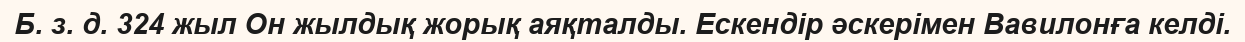
Б. з. д. 324 жыл Он жылдық жорық аяқталды. Ескендір әскерімен Вавилонға келді.